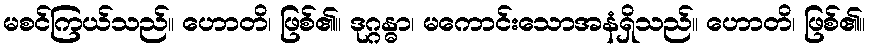
မစင်ကြယ်သည်။ ဟောတိ၊ ဖြစ်၏။ ဒုဂ္ဂန္ဓာ၊ မကောင်းသောအနံရှိသည်။ ဟောတိ၊ ဖြစ်၏။